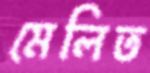
মেলিত